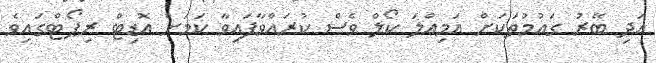
އަދި ބޭރު ގައުމުތަކަށް އަމިއްލަ ކޯލް ވެސް ކުރައްވާފައިވާ ކަމަށް އޮޑިޓް ރިޕޯޓްގައިވެ